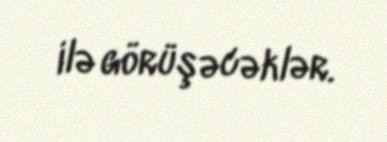
ilə görüşəcəklər.